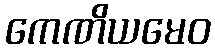
ကေဏိယမေဝ